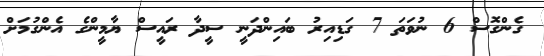
ގެންގޮސް 6 ނުވަތަ 7 ގަޑިއިރު ބައިންދަނީ ސީދާ ރައީސް ޔާމީންގެ އެންގުމަށް